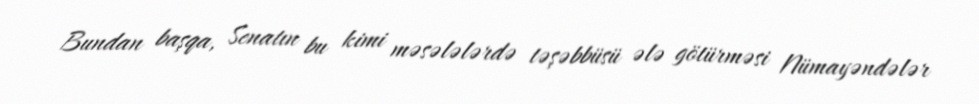
Bundan başqa, Senatın bu kimi məsələlərdə təşəbbüsü ələ götürməsi Nümayəndələr